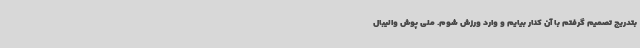
بتدریج تصمیم گرفتم با آن کنار بیایم و وارد ورزش شوم. ملی پوش والیبال